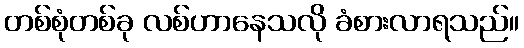
တစ်စုံတစ်ခု လစ်ဟာနေသလို ခံစားလာရသည်။